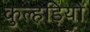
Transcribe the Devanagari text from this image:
कुल्हड़ियों